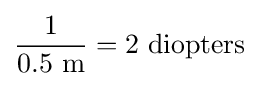
{\frac {1}{0.5\ {\text{m}}}}=2\ {\text{diopters}}